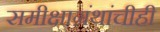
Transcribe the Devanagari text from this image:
समीक्षाग्रंथांचीही